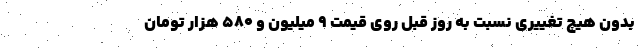
بدون هیچ تغییری نسبت به روز قبل روی قیمت ۹ میلیون و ۵۸۰ هزار تومان